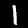
Digit: 1